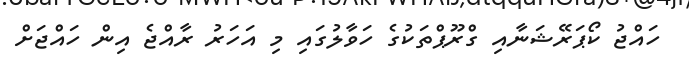
ހައްޖު ކޯޕަރޭޝަނާއި ގްރޫޕްތަކުގެ ހަވާލުގައި މި އަހަރު ރާއްޖެ އިން ހައްޖަށް